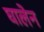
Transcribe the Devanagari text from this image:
घालेन